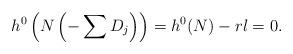
LaTeX: \begin{align*} h^0\left(N\left(-\sum D_j\right)\right)=h^0(N)-rl=0. \end{align*}